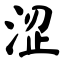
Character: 涩